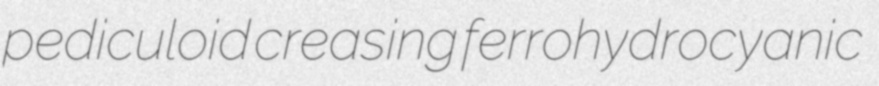
pediculoid creasing ferrohydrocyanic